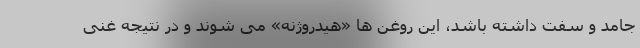
جامد و سفت داشته باشد، این روغن ها «هیدروژنه» می شوند و در نتیجه غنی